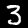
Digit: 3